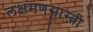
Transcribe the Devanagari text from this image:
लक्षमणसास्त्री